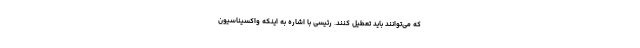
که می‌توانند باید تعطیل کنند. رئیسی با اشاره به اینکه واکسیناسیون